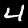
Digit: 4